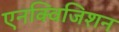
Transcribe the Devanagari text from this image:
एनक्विजिशन